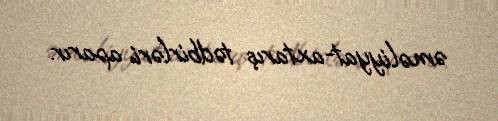
əməliyyat-axtarış tədbirləri aparır.